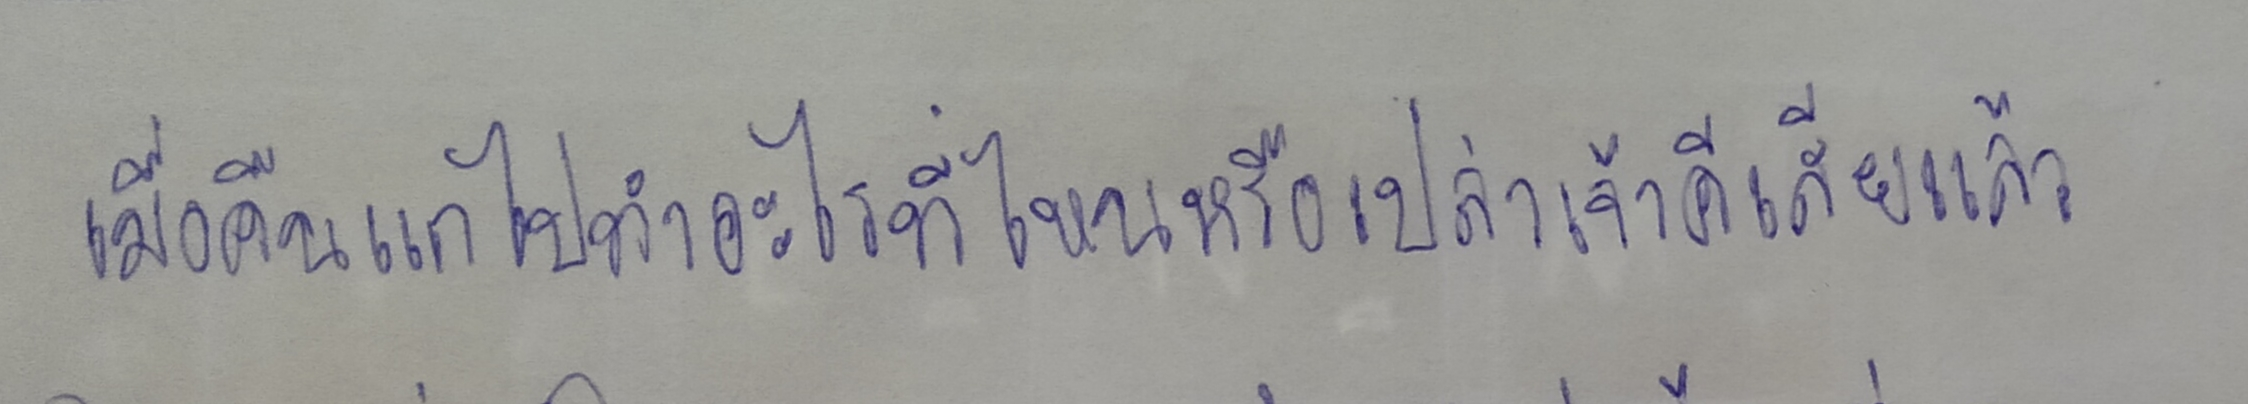
"เมื่อคืนแกไปทำอะไรที่ไหนหรือเปล่าเจ้าคีเสียแล้ว